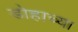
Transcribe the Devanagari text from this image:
डोहाच्या